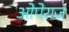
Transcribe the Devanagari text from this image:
ओपेराज